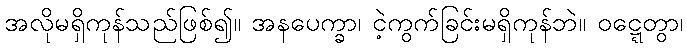
အလိုမရှိကုန်သည်ဖြစ်၍။ အနပေက္ခာ၊ ငဲ့ကွက်ခြင်းမရှိကုန်ဘဲ။ ဝဋ္ဋေတွာ၊